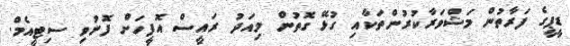
ޑީޕީގެ ފަރާތުން މަޝްވަރާކުރުންތަކާއި ގުޅޭ ގޮތުން މިއަދު ރައީސް އޮފީހަށް ފޮނުވި ސިޓީއެމް.